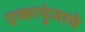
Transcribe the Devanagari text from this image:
एकापुंजाचे